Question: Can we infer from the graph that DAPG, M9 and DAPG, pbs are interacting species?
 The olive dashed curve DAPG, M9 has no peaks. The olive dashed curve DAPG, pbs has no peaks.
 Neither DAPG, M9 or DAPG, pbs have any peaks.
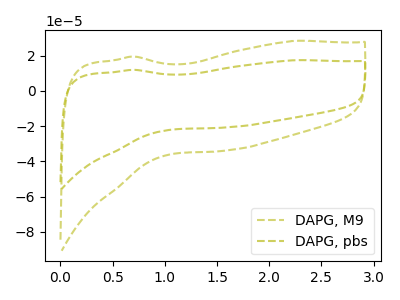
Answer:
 <answer>No, "DAPG, M9" and "DAPG, pbs" don't appear to be significantly different in shape</answer>
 <eval>no_change</eval>